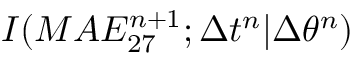
I ( M A E _ { 2 7 } ^ { n + 1 } ; \Delta t ^ { n } | \Delta \theta ^ { n } )